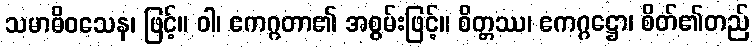
သမာဓိဝသေန၊ ဖြင့်။ ဝါ၊ ဧကဂ္ဂတာ၏ အစွမ်းဖြင့်။ စိတ္တဿ၊ ဧကဂ္ဂဋ္ဌော၊ စိတ်၏တည်